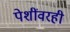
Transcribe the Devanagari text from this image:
पेशींवरही